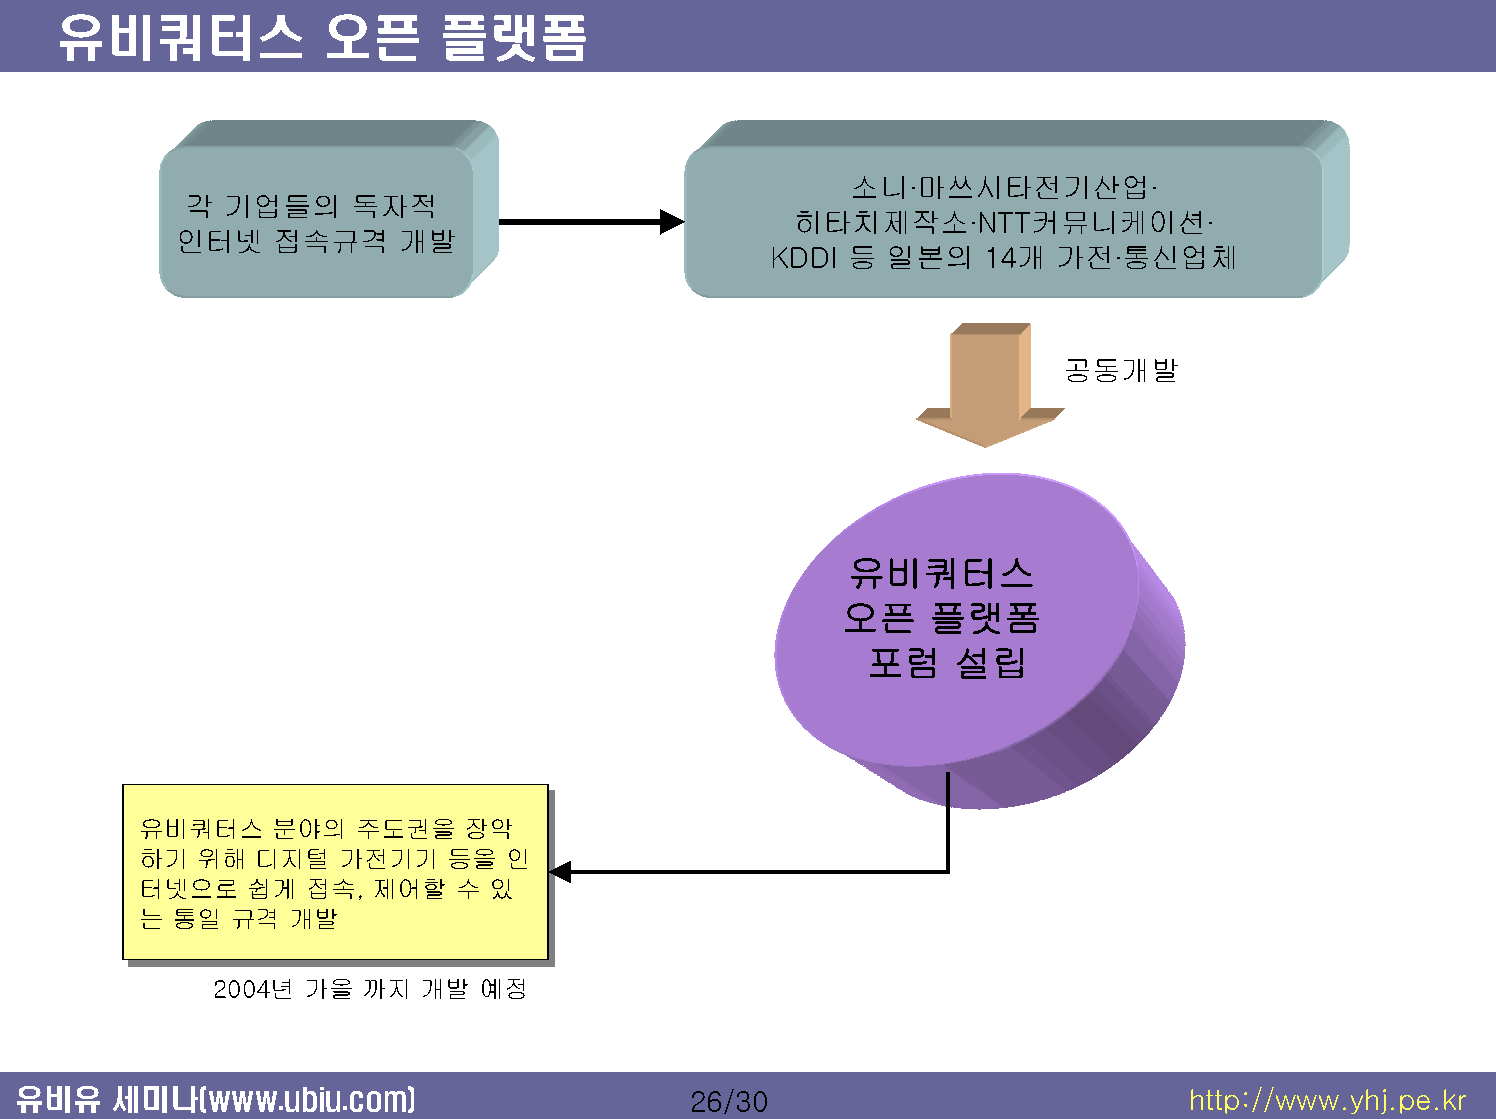
유비쿼터스             오픈      플랫폼
 소니·마쓰시타전기산업·
 각 기업들의     독자적
 히타치제작소·NTT커뮤니케이션·
 인터넷    접속규격    개발
 KDDI 등 일본의    14개 가전·통신업체
 공동개발
 유비쿼터스
 오픈    플랫폼
 포럼    설립
 유유비비쿼쿼터터스스분분야야의의주주도도권권을을장장악악
 하하기기위위해해디디지지털털가가전전기기기기등등을을인인
 터터넷넷으으로로쉽쉽게게접접속속,, 제제어어할할수수있있
 는는통통일일규규격격개개발발
 2004년 가을  까지 개발  예정
 유비유   세미나(www.ubiu.com)                     26/30                            http://www.yhj.pe.kr